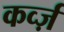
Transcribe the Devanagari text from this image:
कर्व्ज़